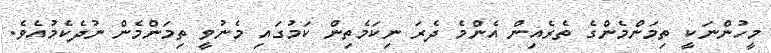
މީހުންނަކީ ތިމަންމެންގެ ތެރެއިން އެންމެ ދެރަ ނިކަމެތިން ކަމުގައި މެނުވީ ތިމަންމެން ނުދެކެމުއެވެ.